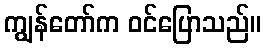
ကျွန်တော်က ဝင်ပြောသည်။